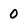
Character: 0